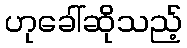
ဟုခေါ်ဆိုသည့်